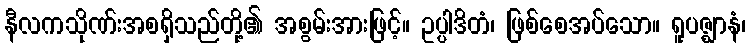
နီလကသိုဏ်းအစရှိသည်တို့၏ အစွမ်းအားဖြင့်။ ဥပ္ပါဒိတံ၊ ဖြစ်စေအပ်သော။ ရူပဇ္ဈာနံ၊